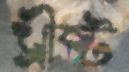
খ্রীষ্ট